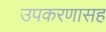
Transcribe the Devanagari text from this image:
उपकरणासह